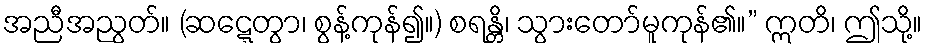
အညီအညွတ်။ (ဆဋ္ဋေတွာ၊ စွန့်ကုန်၍။) စရန္တိ၊ သွားတော်မူကုန်၏။” ဣတိ၊ ဤသို့။